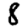
Digit: 8